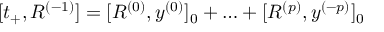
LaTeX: [ t _ { + } , R ^ { ( - 1 ) } ] = [ R ^ { ( 0 ) } , y ^ { ( 0 ) } ] _ { 0 } + \ldots + [ R ^ { ( p ) } , y ^ { ( - p ) } ] _ { 0 }